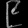
Digit: ၉